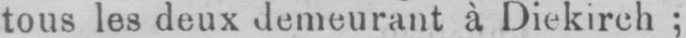
tous les deux demeurant à Diekirch;